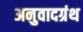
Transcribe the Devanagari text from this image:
अनुवादग्रंथ